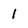
Character: 1